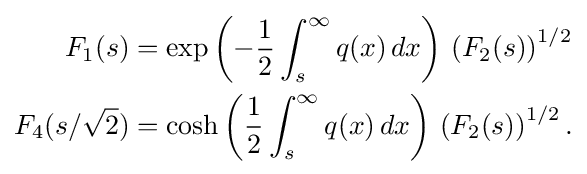
{\begin{aligned}F_{1}(s)&=\exp \left(-{\frac {1}{2}}\int _{s}^{\infty }q(x)\,dx\right)\,\left(F_{2}(s)\right)^{1/2}\\F_{4}(s/{\sqrt {2}})&=\cosh \left({\frac {1}{2}}\int _{s}^{\infty }q(x)\,dx\right)\,\left(F_{2}(s)\right)^{1/2}.\end{aligned}}